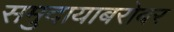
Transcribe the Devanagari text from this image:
समुदायाबरोबर